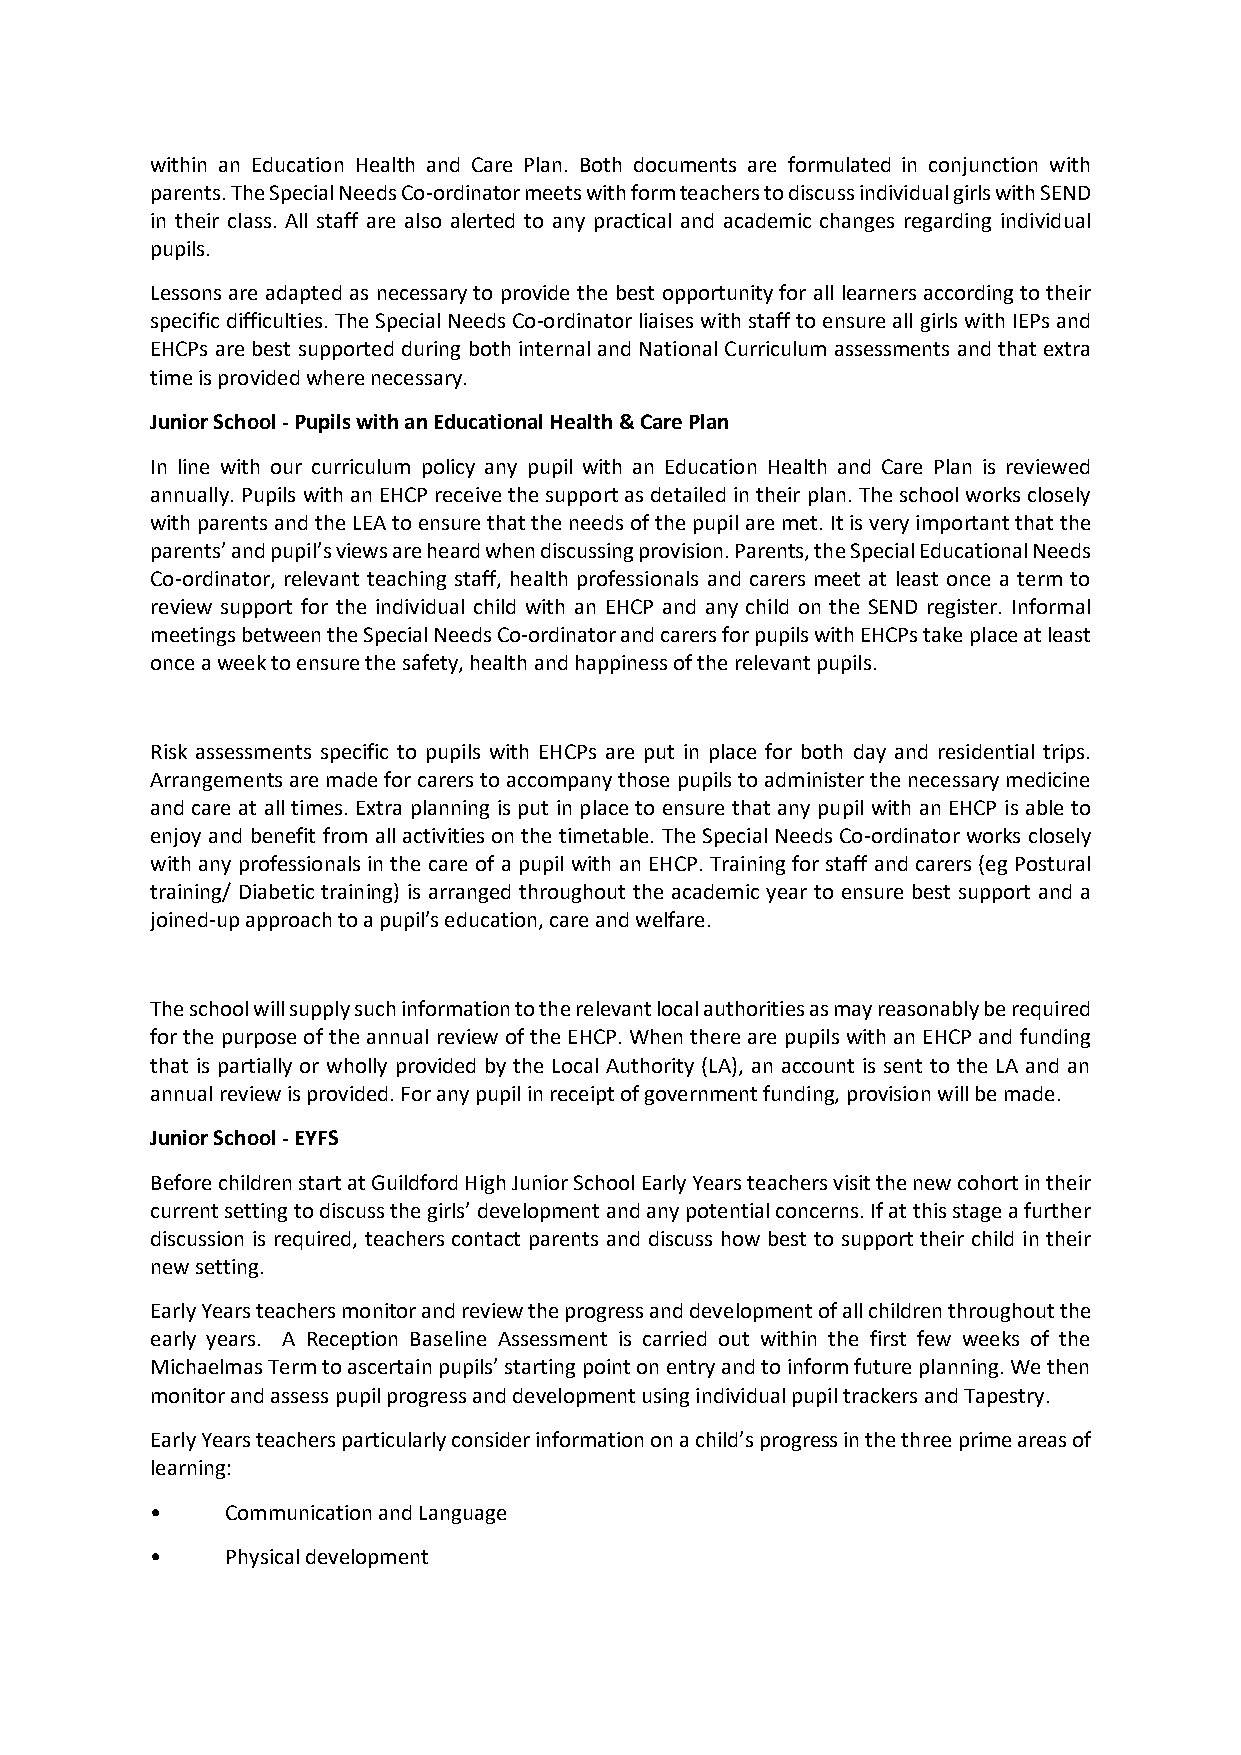
within an Education Health and Care Plan. Both documents are formulated in conjunction with
 parents. The Special Needs Co-ordinator meets with form teachers to discuss individual girls with SEND
 in their class. All staff are also alerted to any practical and academic changes regarding individual
 pupils.
 Lessons are adapted as necessary to provide the best opportunity for all learners according to their
 specific difficulties. The Special Needs Co-ordinator liaises with staff to ensure all girls with IEPs and
 EHCPs are best supported during both internal and National Curriculum assessments and that extra
 time is provided where necessary.
 Junior School - Pupils with an Educational Health & Care Plan
 In line with our curriculum policy any pupil with an Education Health and Care Plan is reviewed
 annually. Pupils with an EHCP receive the support as detailed in their plan. The school works closely
 with parents and the LEA to ensure that the needs of the pupil are met. It is very important that the
 parents’ and pupil’s views are heard when discussing provision. Parents, the Special Educational Needs
 Co-ordinator, relevant teaching staff, health professionals and carers meet at least once a term to
 review support for the individual child with an EHCP and any child on the SEND register. Informal
 meetings between the Special Needs Co-ordinator and carers for pupils with EHCPs take place at least
 once a week to ensure the safety, health and happiness of the relevant pupils.
 Risk assessments specific to pupils with EHCPs are put in place for both day and residential trips.
 Arrangements are made for carers to accompany those pupils to administer the necessary medicine
 and care at all times. Extra planning is put in place to ensure that any pupil with an EHCP is able to
 enjoy and benefit from all activities on the timetable. The Special Needs Co-ordinator works closely
 with any professionals in the care of a pupil with an EHCP. Training for staff and carers (eg Postural
 training/ Diabetic training) is arranged throughout the academic year to ensure best support and a
 joined-up approach to a pupil’s education, care and welfare.
 The school will supply such information to the relevant local authorities as may reasonably be required
 for the purpose of the annual review of the EHCP. When there are pupils with an EHCP and funding
 that is partially or wholly provided by the Local Authority (LA), an account is sent to the LA and an
 annual review is provided. For any pupil in receipt of government funding, provision will be made.
 Junior School - EYFS
 Before children start at Guildford High Junior School Early Years teachers visit the new cohort in their
 current setting to discuss the girls’ development and any potential concerns. If at this stage a further
 discussion is required, teachers contact parents and discuss how best to support their child in their
 new setting.
 Early Years teachers monitor and review the progress and development of all children throughout the
 early years. A Reception Baseline Assessment is carried out within the first few weeks of the
 Michaelmas Term to ascertain pupils’ starting point on entry and to inform future planning. We then
 monitor and assess pupil progress and development using individual pupil trackers and Tapestry.
 Early Years teachers particularly consider information on a child’s progress in the three prime areas of
 learning:
 •    Communication and Language
 •    Physical development